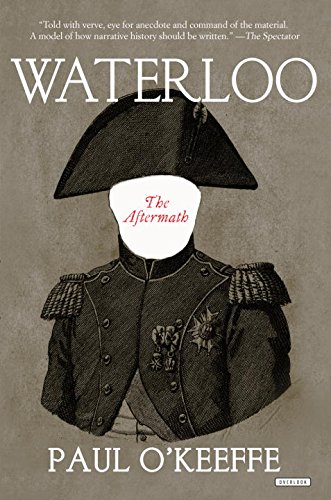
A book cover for Waterloo: The Aftermath; Paul O'Keeffe; History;